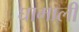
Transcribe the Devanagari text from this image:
घामाली